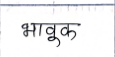
मजकूर: भावुक